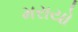
મરાયો